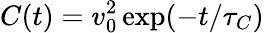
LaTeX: C(t)=v_{0}^{2}\, \mathrm{exp}(-t/\tau_{C})